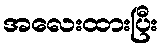
အလေးထားပြီး